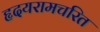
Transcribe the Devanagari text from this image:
हृदयरामचरित